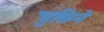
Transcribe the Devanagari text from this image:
चुकिने